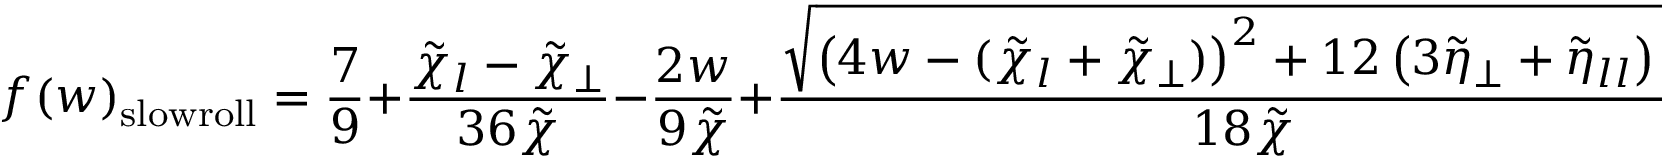
f ( w ) _ { \mathrm { s l o w r o l l } } = \frac { 7 } { 9 } + \frac { \tilde { \chi } _ { l } - \tilde { \chi } _ { \perp } } { 3 6 \tilde { \chi } } - \frac { 2 w } { 9 \tilde { \chi } } + \frac { \sqrt { \left( 4 w - ( \tilde { \chi } _ { l } + \tilde { \chi } _ { \perp } ) \right) ^ { 2 } + 1 2 \left( 3 \tilde { \eta } _ { \perp } + \tilde { \eta } _ { l l } \right) \tilde { \chi } } } { 1 8 \tilde { \chi } }